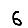
Digit: 6